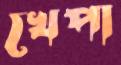
খেপা